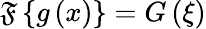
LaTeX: \mathfrak{F}\left\{ g\left(x\right)\right\} =G\left(\xi\right)